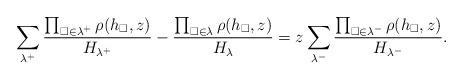
LaTeX: \begin{align*} \sum_{\lambda^{+}} \frac{\prod_{\square\in\lambda^{+}}\rho(h_\square,z)}{H_{\lambda^{+}}} -\frac{\prod_{\square\in\lambda} \rho(h_\square,z)}{H_\lambda}= z\sum_{\lambda^-} \frac{\prod_{\square\in\lambda^-}\rho(h_\square,z)}{H_{\lambda^-}}.\end{align*}